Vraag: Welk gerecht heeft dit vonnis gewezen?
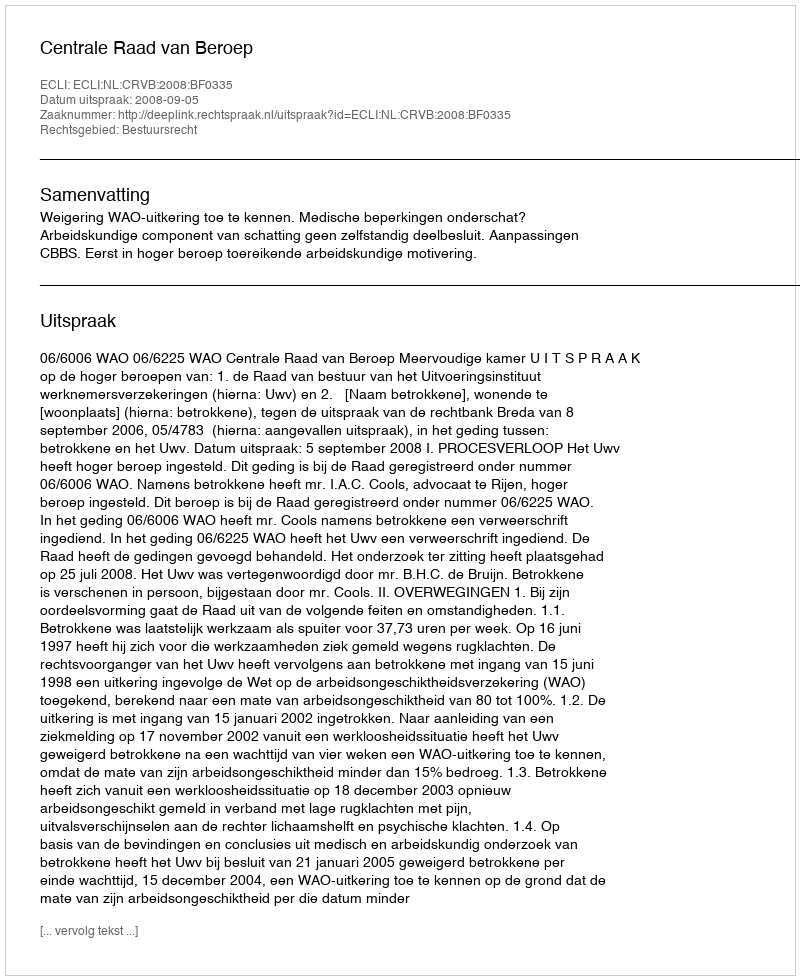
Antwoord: Centrale Raad van Beroep